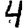
Digit: 4